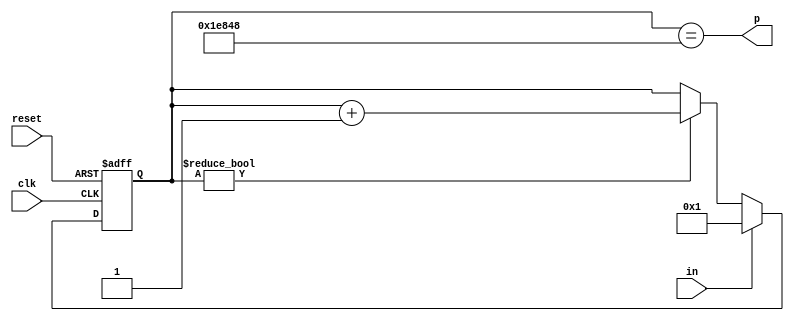
module dly2_5ms(input clk, input reset, input in, output p);
	reg [17-1:0] r;
	always @(posedge clk or posedge reset) begin
		if(reset)
			r <= 0;
		else begin
			if(r)
				r <= r + 17'b1;
			if(in)
				r <= 1;
		end
	end
	assign p = r == 125000;
endmodule